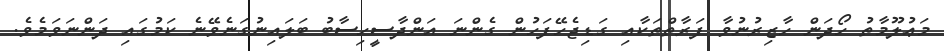
މަޢުލޫމާތު ހޯދަން ހާޒިރުނުވާ ފަރާތްތަކާއި ގަޑިޖެހޭފަހުން ގެންނަ އަންދާސީހިސާބު ބަލައިނުގަނެވޭނެ ކަމުގައި ދަންނަވަމެވެ.